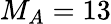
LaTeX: M_{A}=13